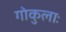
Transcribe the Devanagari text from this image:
गोकुलाः